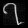
Digit: ၇